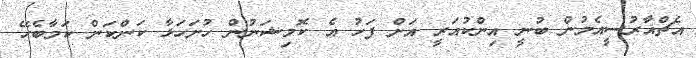
އެޗްއާރުސީއެމުން ބުނީ އިންކުއަރީ އަށް ފަހު އެ ކޮމިޝަނުން ހުށަހަޅާ ކަންކަން ކަމާބެހޭ